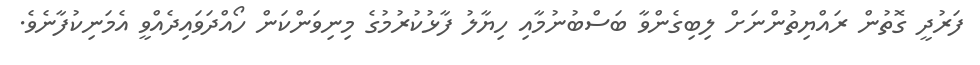
ފަރުދީ ގޮތުން ރައްޔިތުންނަށް ލިބިގެންވާ ބަސްބުނުމާއި ހިޔާލު ފާޅުކުރުމުގެ މިނިވަންކަން ހޯއްދަވައިދެއްވީ އެމަނިކުފާނެވެ.